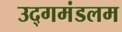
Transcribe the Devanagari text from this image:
उद्गमंडलम